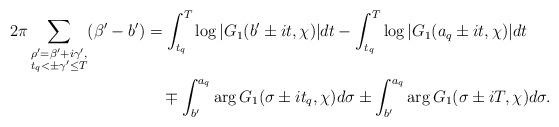
LaTeX: \begin{align*}2\pi \sum_{\substack{\rho' = \beta' + i\gamma',\\ t_q < \pm \gamma' \leq T}} (\beta' - b')&= \int_{t_q}^T \log{| G_1(b' \pm it, \chi) |} dt - \int_{t_q}^T \log{| G_1(a_q \pm it, \chi) |} dt \\&\quad\mp \int_{b'}^{a_q} \arg{G_1(\sigma \pm it_q, \chi)} d\sigma\pm \int_{b'}^{a_q} \arg{G_1(\sigma \pm iT, \chi)} d\sigma.\end{align*}